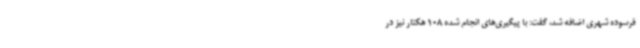
فرسوده شهری اضافه شد، گفت: با پیگیری‌های انجام شده 108 هکتار نیز در